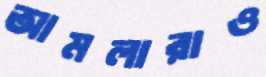
আমলারাও